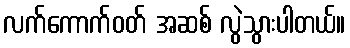
လက်ကောက်ဝတ် အဆစ် လွဲသွားပါတယ်။